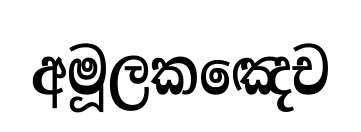
අමූලකඤෙච